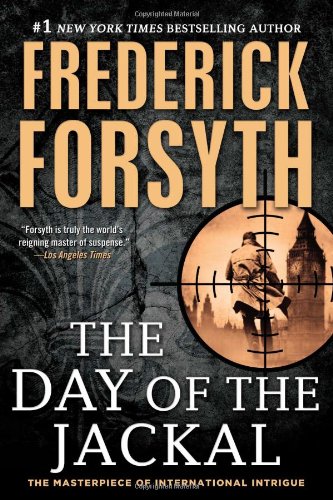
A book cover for The Day of the Jackal; Frederick Forsyth; Mystery, Thriller & Suspense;